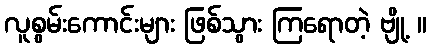
လူစွမ်းကောင်းများ ဖြစ်သွား ကြရောတဲ့ ဗျို့ ။